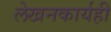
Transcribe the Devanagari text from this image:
लेखनकार्यही